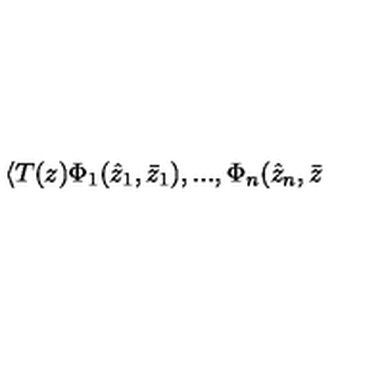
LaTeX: \langle T ( z ) \Phi _ { 1 } ( \hat { z } _ { 1 } , \bar { z } _ { 1 } ) , . . . , \Phi _ { n } ( \hat { z } _ { n } , \bar { z }